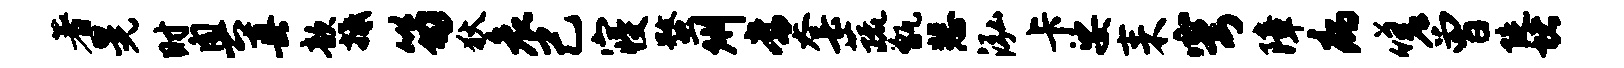
著晃时奥真歆抵笏狄哀己寝蝥州常套蔬甑悲泓卡娑耒穹障病嗟曾陡堵